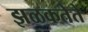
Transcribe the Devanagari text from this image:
झळकतेते